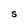
Character: S